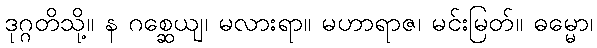
ဒုဂ္ဂတိသို့။ န ဂစ္ဆေယျ၊ မလားရာ။ မဟာရာဇ၊ မင်းမြတ်။ ဓမ္မော၊